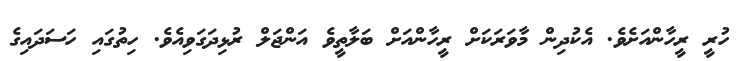
ހުރީ ރީހާންއަށެވެ. އެކުދިން މާވަރަކަށް ރީހާންއަށް ބަލާތީވެ އަންޖަލް ރުޅިދަގަވިއެވެ. ހިތުގައި ހަސަދައިގެ